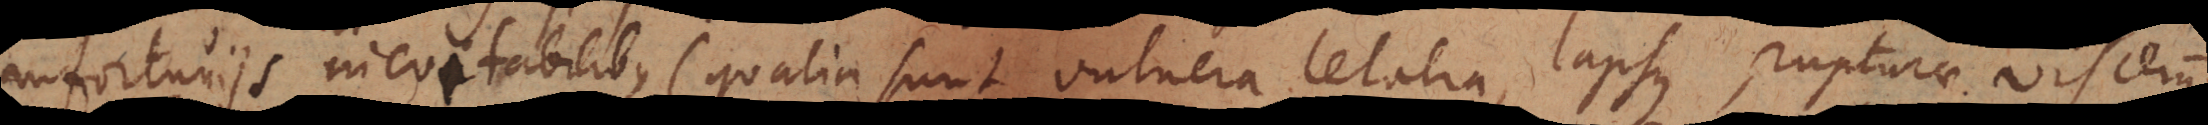
infortuniis inevitabilibus (qualia sunt vulnera letalia, lapsus, rupturae viscerum